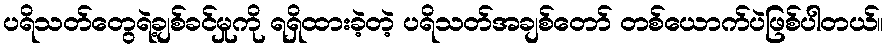
ပရိသတ်တွေရဲ့ချစ်ခင်မှုကို ရရှိထားခဲ့တဲ့ ပရိသတ်အချစ်တော် တစ်ယောက်ပဲဖြစ်ပါတယ်။